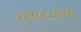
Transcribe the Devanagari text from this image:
२२४५८८७०।